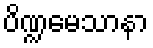
ပိဏ္ဍမေသာနာ